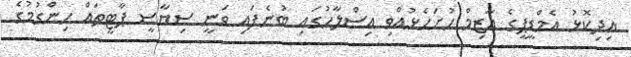
އިދިކޮޅު އެމްޑީޕީގެ އާޒިމް ހުށަހެޅުއްވި އިސްލާހުގައި ބުނެފައި ވަނީ ސިޔާސީ ޕާޓީތައް ހިންގުމުގެ